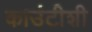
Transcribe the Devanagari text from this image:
काउंटीशी